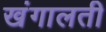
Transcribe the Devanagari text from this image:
खंगालती